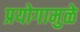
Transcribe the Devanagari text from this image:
प्रयोगामुळे